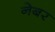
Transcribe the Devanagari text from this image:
नेबर